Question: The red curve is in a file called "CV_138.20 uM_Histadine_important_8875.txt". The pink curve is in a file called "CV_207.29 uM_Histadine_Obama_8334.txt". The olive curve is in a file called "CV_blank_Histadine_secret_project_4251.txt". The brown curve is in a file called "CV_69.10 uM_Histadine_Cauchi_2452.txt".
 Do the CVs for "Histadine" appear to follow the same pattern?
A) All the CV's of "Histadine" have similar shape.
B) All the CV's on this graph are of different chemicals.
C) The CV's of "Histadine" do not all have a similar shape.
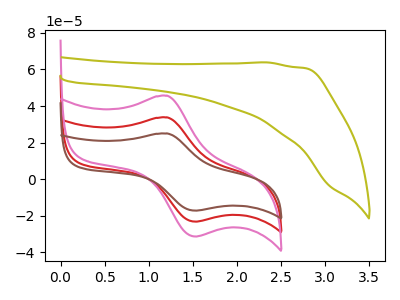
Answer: <think>The red curve "Histadine, 138.20 uM" has an anodic peak at (1.20V, 33.80uA) and a cathodic peak at (1.55V, -23.15uA). The pink curve "Histadine, 207.29 uM" has an anodic peak at (1.20V, 67.60uA) and a cathodic peak at (1.55V, -46.30uA). The olive curve "Histadine, blank" has no peaks. The brown curve "Histadine, 69.10 uM" has an anodic peak at (1.20V, 25.00uA) and a cathodic peak at (1.55V, -17.15uA).
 All the peaks in "Histadine, 138.20 uM" have a peak in "Histadine, 207.29 uM" at the same potential. Every peak in "Histadine, 138.20 uM" is lower than every peak in "Histadine, 207.29 uM". "Histadine, 138.20 uM" and "Histadine, blank" have a different number of peaks. All the peaks in "Histadine, 138.20 uM" have a peak in "Histadine, 69.10 uM" at the same potential. Every peak in "Histadine, 138.20 uM" is higher than every peak in "Histadine, 69.10 uM". "Histadine, 207.29 uM" and "Histadine, blank" have a different number of peaks. All the peaks in "Histadine, 207.29 uM" have a peak in "Histadine, 69.10 uM" at the same potential. Every peak in "Histadine, 207.29 uM" is higher than every peak in "Histadine, 69.10 uM". "Histadine, blank" and "Histadine, 69.10 uM" have a different number of peaks.</think>
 <answer>A) All the CV's of "Histadine" have similar shape.</answer>
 <eval>A</eval>